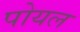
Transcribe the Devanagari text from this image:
पोयल